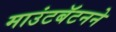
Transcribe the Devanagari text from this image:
माउंटबॅटनने